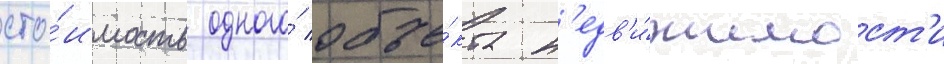
сто́имость одного́ объе́кта н'едв'и́жимост'и